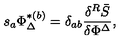
s _ { a } \Phi _ { \Delta } ^ { * ( b ) } = \delta _ { a b } \frac { \delta ^ { R } \bar { S } } { \delta \Phi ^ { \Delta } } ,